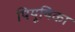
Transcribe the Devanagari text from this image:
पियूषिका